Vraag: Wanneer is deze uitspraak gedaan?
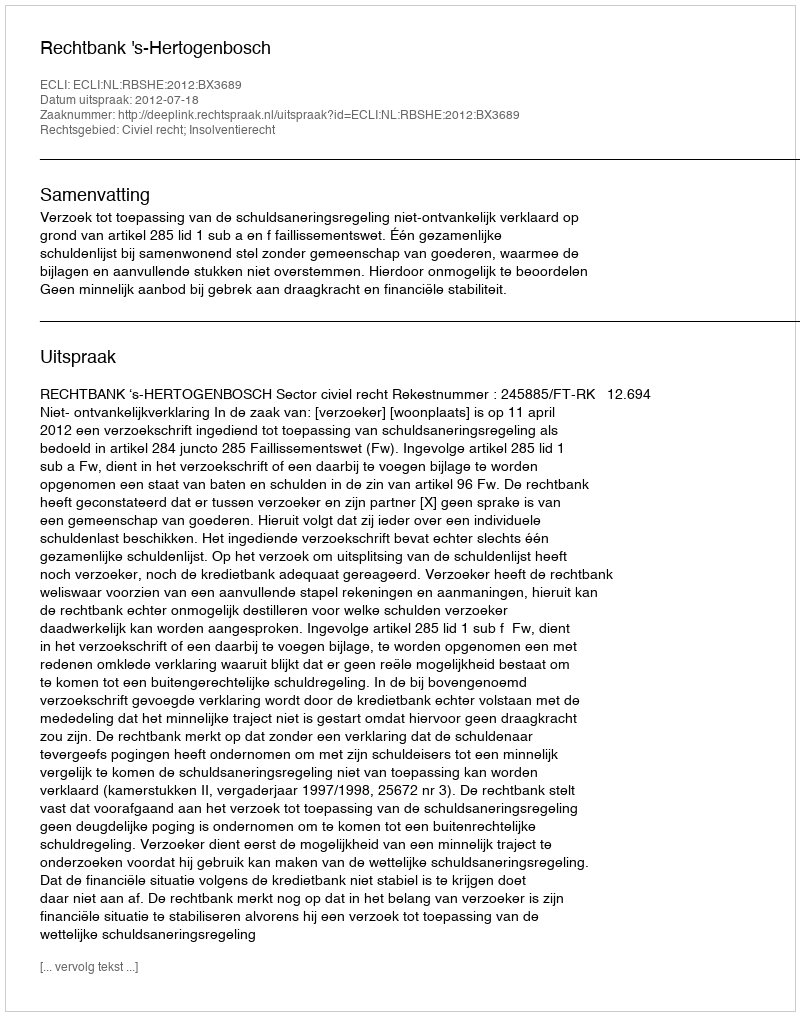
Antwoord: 2012-07-18